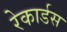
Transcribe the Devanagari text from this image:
रेकार्डस